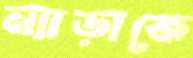
ন্যাড়াকে